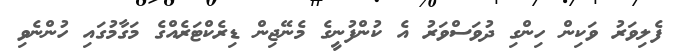
ފެލިވަރު ވަކިން ހިންގި ދުވަސްވަރު އެ ކުންފުނީގެ މެނޭޖިން ޑިރެކްޓަރެއްގެ މަގާމުގައި ހުންނެވި